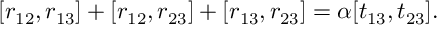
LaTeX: [ r _ { 1 2 } , r _ { 1 3 } ] + [ r _ { 1 2 } , r _ { 2 3 } ] + [ r _ { 1 3 } , r _ { 2 3 } ] = \alpha [ t _ { 1 3 } , t _ { 2 3 } ] .